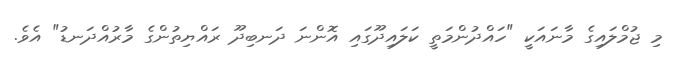
މި ޖުމްލައިގެ މާނައަކީ "ހައްދުންމަތީ ކަލައިދޫގައި އޮންނަ ދަނބިދޫ ރައްޔިތުންގެ މާރުއްދަނޑު" އެވެ.